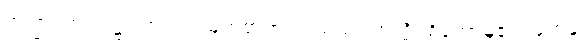
အကြင်အရပ်၌။ ဘဂဝါ၊ မြတ်စွာဘုရားသည်။ အတ္ထိ၊ ရှိတော်မူ၏။ တေန၊